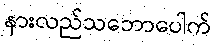
နားလည်သဘောပေါက်